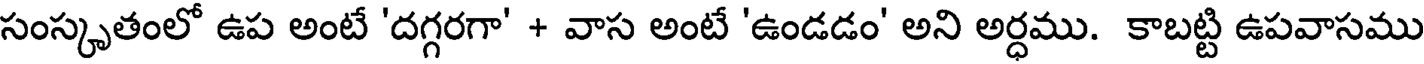
సంస్కృతంలో ఉప అంటే 'దగ్గరగా' + వాస అంటే 'ఉండడం' అని అర్ధము. కాబట్టి ఉపవాసము